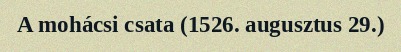
A mohácsi csata (1526. augusztus 29.)